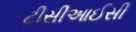
ટીસીઆઈસી